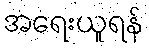
အရေးယူရန်